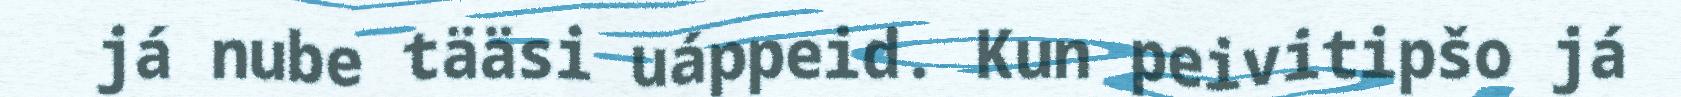
já nube tääsi uáppeid. Kun peivitipšo já